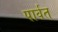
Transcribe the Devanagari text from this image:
पार्वत